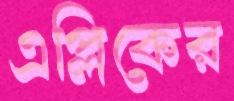
এপ্লিকের